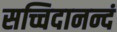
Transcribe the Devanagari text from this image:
सच्चिदानन्दं